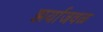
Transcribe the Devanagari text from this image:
झर्याजवळ